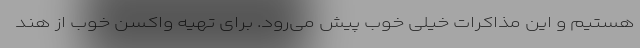
هستیم و این مذاکرات خیلی خوب پیش می‌رود. برای تهیه واکسن خوب از هند